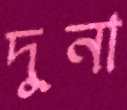
দুনা